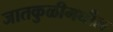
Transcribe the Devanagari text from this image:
जातकुळीमधील